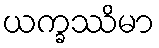
ယက္ခဿိမာ